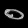
Digit: ၀